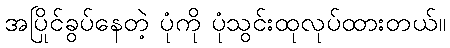
အပြိုင်ခွပ်နေတဲ့ ပုံကို ပုံသွင်းထုလုပ်ထားတယ်။